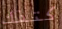
كتفك